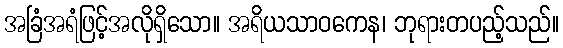
အခြံအရံဖြင့်အလိုရှိသော။ အရိယသာဝကေန၊ ဘုရားတပည့်သည်။